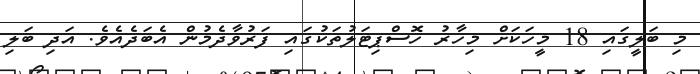
މި ބަލީގައި 18 މީހަކަށް މިހާރު ހޮސްޕިޓަލުތަކުގައި ފަރުވާދެމުން އެބަދެއެވެ. އަދި ބަލި